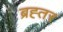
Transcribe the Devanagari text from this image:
ब्रह्तर